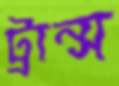
ট্রান্স